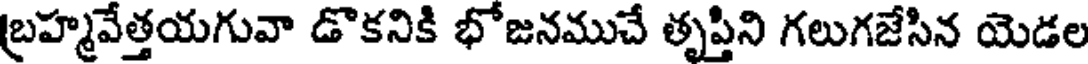
బ్రహ్మవేత్తయగువా డొకనికి భోజనముచే తృప్తిని గలుగజేసిన యెడల